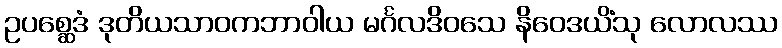
ဥပစ္ဆေဒံ ဒုတိယသာဝကဘာဝါယ မင်္ဂလဒိဝသေ နိဝေဒယိံသု လောလဿ